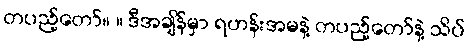
တပည့်တော်။ ။ ဒီအချိန်မှာ ရဟန်းအမနဲ့ တပည့်တော်နဲ့ သိပ်